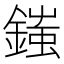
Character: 䥀